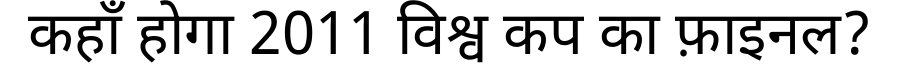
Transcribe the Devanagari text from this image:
कहाँ होगा 2011 विश्व कप का फ़ाइनल?